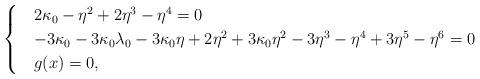
LaTeX: \begin{align*}\begin{cases}&2 \kappa_0 - \eta^2 + 2 \eta^3 - \eta^4=0\\&-3 \kappa_0 - 3 \kappa_0 \lambda_0 - 3 \kappa_0 \eta + 2 \eta^2 + 3 \kappa_0 \eta^2 - 3 \eta^3 - \eta^4 + 3 \eta^5 - \eta^6=0\\&g(x)=0,\end{cases}\end{align*}